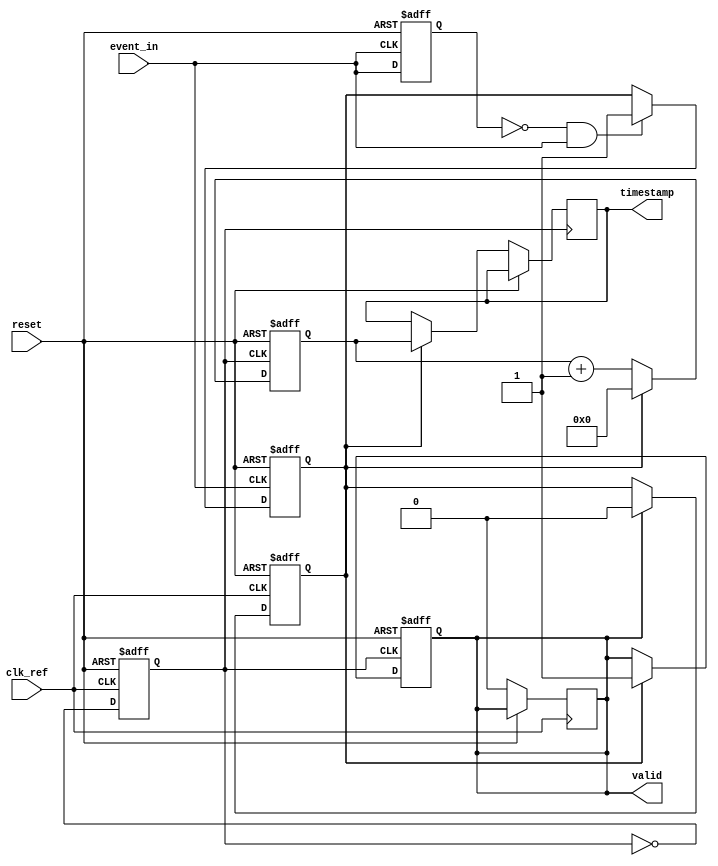
module TDC (
    input wire clk_ref,            // Reference clock input
    input wire event_in,          // Input event signal
    input wire reset,             // Asynchronous reset
    output reg [15:0] timestamp,  // Timestamp output (16-bit)
    output reg valid              // Valid signal for timestamp
);

    // Parameters
    parameter COUNTER_WIDTH = 16; // Width of the counter
    parameter PLL_FREQ = 100;      // PLL frequency multiplier (example value)

    // Internal signals
    reg [COUNTER_WIDTH-1:0] counter; // High-frequency counter
    reg event_detected;               // Event detection flag
    reg pll_clk;                      // PLL generated clock
    reg last_event;                   // Last event state

    // PLL simulation (for illustration)
    always @(posedge clk_ref or posedge reset) begin
        if (reset) begin
            pll_clk <= 1'b0; // Reset PLL clock
        end else begin
            // Simple toggle for PLL clock simulation
            pll_clk <= ~pll_clk;
        end
    end

    // Edge detection for input event
    always @(posedge event_in or posedge reset) begin
        if (reset) begin
            event_detected <= 1'b0;
            last_event <= 1'b0;
        end else begin
            // Detect rising edge of event_in
            if (!last_event && event_in) begin
                event_detected <= 1'b1;
            end
            last_event <= event_in;
        end
    end

    // High-frequency counter
    always @(posedge pll_clk or posedge reset) begin
        if (reset) begin
            counter <= 0;
            valid <= 1'b0;
        end else if (event_detected) begin
            // Latch the counter value on event detection
            timestamp <= counter;
            valid <= 1'b1;
            counter <= 0; // Reset counter after capturing timestamp
        end else begin
            counter <= counter + 1; // Increment counter
        end
    end

    // Reset event detection after capturing timestamp
    always @(posedge clk_ref or posedge reset) begin
        if (reset) begin
            event_detected <= 1'b0;
        end else if (valid) begin
            event_detected <= 1'b0; // Reset event detection flag
            valid <= 1'b0;          // Reset valid signal
        end
    end

endmodule